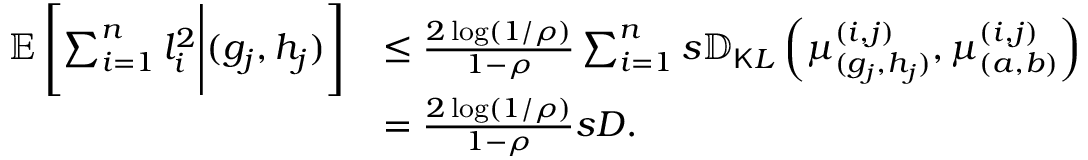
\begin{array} { r l } { \mathbb { E } \left[ \sum _ { i = 1 } ^ { n } l _ { i } ^ { 2 } \Bigg | ( g _ { j } , h _ { j } ) \right] } & { \leq \frac { 2 \log ( 1 / \rho ) } { 1 - \rho } \sum _ { i = 1 } ^ { n } s \mathbb { D } _ { \mathsf K L } \left( \boldsymbol { \mu } _ { ( g _ { j } , h _ { j } ) } ^ { ( i , j ) } , \boldsymbol { \mu } _ { ( a , b ) } ^ { ( i , j ) } \right) } \\ & { = \frac { 2 \log ( 1 / \rho ) } { 1 - \rho } s D . } \end{array}